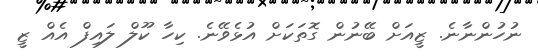
ނުހުންނާނެ. ޒީއަށް ބޭނުން ގޮތަކަށް އުޅެވޭނެ. ކިހާ ކޫލް ލައިފް އެއް ޒީ